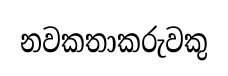
නවකතාකරුවකු